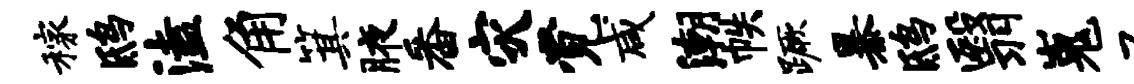
稼鸱溘角箕腋番灾觉咸潮帙蹶暴鸱翳嵬忌